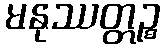
မနုဿတ္တဉ္စ